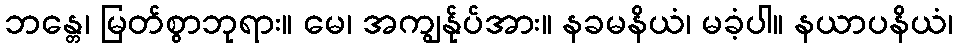
ဘန္တေ၊ မြတ်စွာဘုရား။ မေ၊ အကျွန်ုပ်အား။ နခမနိယံ၊ မခံ့ပါ။ နယာပနိယံ၊